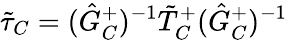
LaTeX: \tilde{\tau}_{C}=(\hat{G}_{C}^{+})^{-1}\tilde{T}_{C}^{+}(\hat{G}_{C}^{+})^{-1}